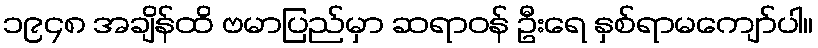
၁၉၄၈ အချိန်ထိ ဗမာပြည်မှာ ဆရာဝန် ဦးရေ နှစ်ရာမကျော်ပါ။